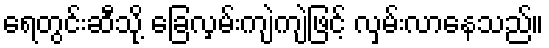
ရေတွင်းဆီသို့ ခြေလှမ်းကျဲကျဲဖြင့် လှမ်းလာနေသည်။